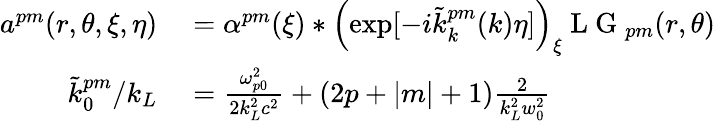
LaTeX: \begin{array}{rl}{a^{pm}(r,\theta,\xi,\eta)}&{{}=\alpha^{pm}(\xi)\ast\left(\exp[-i\tilde{k}_{k}^{pm}(k)\eta]\right)_{\xi}\mathrm{~L~G~}_{pm}(r,\theta)}\\ {\tilde{k}_{0}^{pm}/k_{L}}&{{}=\frac{\omega_{p0}^{2}}{2k_{L}^{2}c^{2}}+(2p+|m|+1)\frac{2}{k_{L}^{2}w_{0}^{2}}}\end{array}